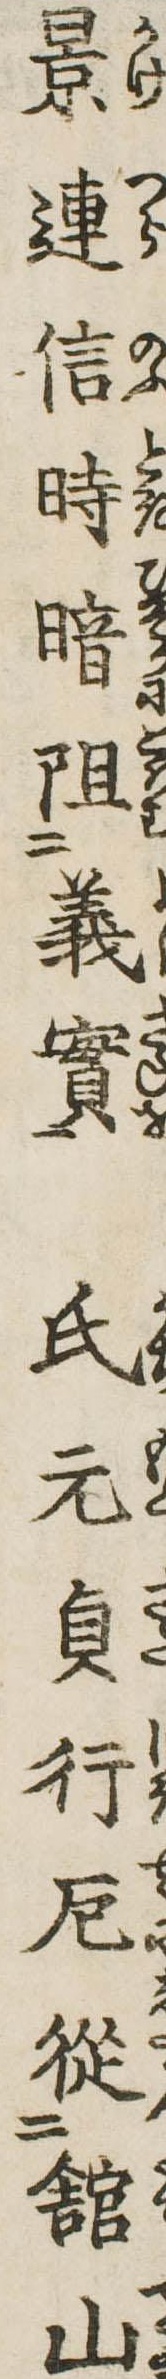
景連信時暗阻義実氏元貞行厄従館山